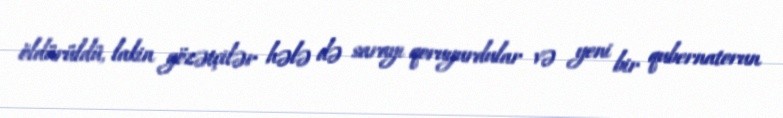
öldürüldü, lakin gözətçilər hələ də sarayı qoruyurdular və yeni bir qubernatorun